Annual report on the Civil Veterinary Department, Burma (including the Insein Veterinary School) - 1923-1931
Year: 1923
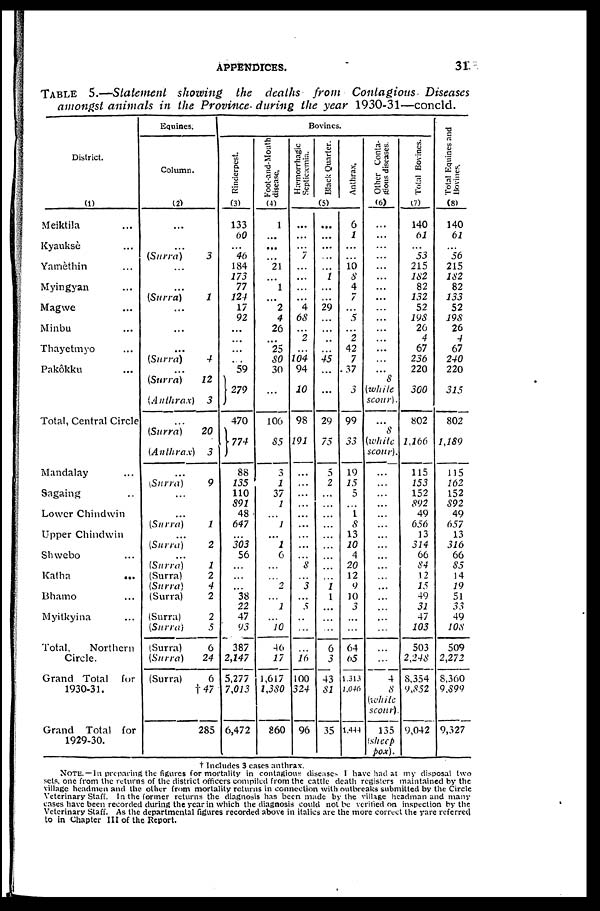
APPENDICES.
31
TABLE 5.—Statement showing the deaths from Contagious Diseases
amongst animals in the Province during the year 1930-31—concld.
District.
(i)
Meiktila ...
Kyauksè ...
Yamèthin ...
Myingyan ...
Magwe ...
Minbu ...
Thayetmyo ...
Pakôkku ...
Total, Central Circle
Mandalay ...
Sagaing ...
Lower Chindwin
Upper Chindwin
Shwebo ...
Katha ...
Bhamo ...
Myitkyina ...
Total,
Northern
Circle.
Grand Total
for
1930-31.
Grand Total
for
1929-30.
Equines.
Column.
(2)
...
...
(Surra)
3
...
...
(Surra)
1
...
...
...
(Surra)
4
...
(Surra)
12
(Anthrax)
3
...
(Surra)
20
(Anthrax)
3
(Surra)
9
...
...
(Surra)
1
(Surra)
2
(Surra)
1
(Surra)
2
(Surra)
4
(Surra)
2
(Surra)
2
(Surra)
5
(Surra)
6
(Surra)
24
(Surra)
6
†47
285
Bovines.
Rinderpest.
(3)
133
60
...
46
184
173
77
124
17
92
...
...
...
...
59
279
470
774
88
135
110
891
48
647
...
303
56
...
...
...
38
22
47
93
387
2,147
5,277
7,013
6,472
Foot-and-Mouth
disease.
(4)
1
...
...
...
21
...
1
...
2
4
26
...
25
80
30
...
106
55
3
1
37
1
...
1
...
1
6
...
...
2
...
1
...
10
46
17
1,617
1,380
860
Hæmorrhagic
Septicæmia.
Black Quarter.
Anthrax,
(5)
...
...
...
7
...
...
...
...
4
68
...
2
...
104
94
10
98
191
...
...
...
...
...
...
...
...
...
8
...
3
...
5
...
...
...
16
100
324
96
...
...
...
...
...
1
...
...
29
...
...
...
...
45
...
...
29
75
5
2
...
...
...
...
...
...
...
...
...
1 1
...
...
...
6
3
43
81
35
6
1
...
...
10 8
4
7
...
5
...
2
42
7
37
3
99
33
19
15
5
...
1
8
13
10
4
20
12
9
10
3
...
...
64
65
1.313
1,046
1,444
Other Conta-
gious diseases.
(6)
...
...
...
...
...
...
...
...
...
...
...
...
...
...
...
8
(while
scour)
...
8
(white
scour).
...
...
...
...
...
...
...
...
...
...
...
...
...
...
...
...
...
...
4
8
(while
scour).
135
(sheep
pox).
Total Bovines.
(7)
140
61
...
53
215
182
82
132
52
198
26
4
67
256
220
300
802
1,166
115
153
152
892
49
656
13
314
66
84
12
15
49
31
47
103
503
2,248
8,354
9,852
9,042
Total Equines and
Bovines.
(8)
140
62
...
56
215
182
82
133
52
195
26
4
67
240
220
315
802
1,189
115
262
152
592
49
657
13
316
66
55
14
19
51
33
49
108
509
2,272
8,360
9,899
9,327
† Includes 3 cases anthrax.
NOTE.—In preparing the figures for mortality in contagious diseases I have had at my disposal two
sets, one from the returns of the district officers compiled from the cattle death registers maintained by the
village headmen and the other from mortality returns in connection with outbreaks submitted by the Circle
Veterinary Staff. In the former returns the diagnosis has been made by the village headman and many
cases have been recorded during the year in which the diagnosis could not be verified on inspection by the
Veterinary Staff. As the departmental figures recorded above in italics are the more correct the yare referred
to in Chapter III of the Report.